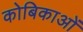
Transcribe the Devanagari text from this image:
कोबिकाओं